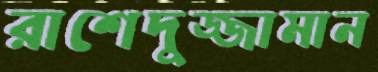
রাশেদুজ্জামান